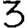
Digit: 3